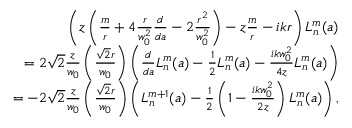
\begin{array} { r l r } & { } & { \left( z \left( \frac { m } { r } + 4 \frac { r } { w _ { 0 } ^ { 2 } } \frac { d } { d a } - 2 \frac { r ^ { 2 } } { w _ { 0 } ^ { 2 } } \right) - z \frac { m } { r } - i k r \right) L _ { n } ^ { m } ( a ) } \\ & { } & { = 2 \sqrt { 2 } \frac { z } { w _ { 0 } } \left( \frac { \sqrt { 2 } r } { w _ { 0 } } \right) \left( \frac { d } { d a } L _ { n } ^ { m } ( a ) - \frac { 1 } { 2 } L _ { n } ^ { m } ( a ) - \frac { i k w _ { 0 } ^ { 2 } } { 4 z } L _ { n } ^ { m } ( a ) \right) } \\ & { } & { = - 2 \sqrt { 2 } \frac { z } { w _ { 0 } } \left( \frac { \sqrt { 2 } r } { w _ { 0 } } \right) \left( L _ { n } ^ { m + 1 } ( a ) - \frac { 1 } { 2 } \left( 1 - \frac { i k w _ { 0 } ^ { 2 } } { 2 z } \right) L _ { n } ^ { m } ( a ) \right) , } \end{array}